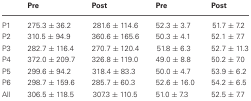
<table><thead><tr><td></td><td><b>Pre</b></td><td><b>Post</b></td><td><b>Pre</b></td><td><b>Post</b></td></tr></thead><tbody><tr><td>P1</td><td>275.3 ± 36.2</td><td>281.6 ± 114.6</td><td>52.3 ± 3.7</td><td>51.7 ± 7.2</td></tr><tr><td>P2</td><td>310.5 ± 94.9</td><td>360.6 ± 165.6</td><td>50.3 ± 4.1</td><td>52.1 ± 7.7</td></tr><tr><td>P3</td><td>282.7 ± 116.4</td><td>270.7 ± 120.4</td><td>51.8 ± 6.3</td><td>52.7 ± 11.3</td></tr><tr><td>P4</td><td>372.0 ± 209.7</td><td>326.8 ± 119.0</td><td>49.0 ± 8.8</td><td>50.2 ± 7.0</td></tr><tr><td>P5</td><td>299.6 ± 94.2</td><td>318.4 ± 83.3</td><td>50.0 ± 4.7</td><td>53.9 ± 6.2</td></tr><tr><td>P6</td><td>298.7 ± 159.6</td><td>285.7 ± 60.3</td><td>52.6 ± 16.0</td><td>54.2 ± 6.5</td></tr><tr><td>All</td><td>306.5 ± 118.5</td><td>307.3 ± 110.5</td><td>51.0 ± 7.3</td><td>52.5 ± 7.7</td></tr></tbody></table>